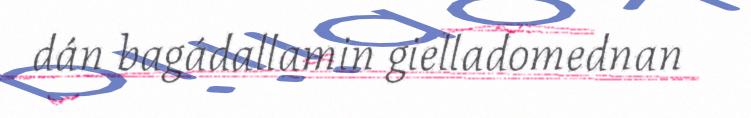
dán bagádallamin gielladomednan